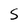
Character: S